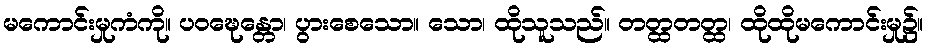
မကောင်းမှုကံကို။ ပဝဍ္ဎေန္တော၊ ပွားစေသော။ သော၊ ထိုသူသည်။ တတ္ထတတ္ထ၊ ထိုထိုမကောင်းမှု၌။